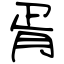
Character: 胥